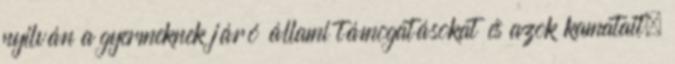
nyilván a gyermeknek járó állami támogatásokat és azok kamatait,